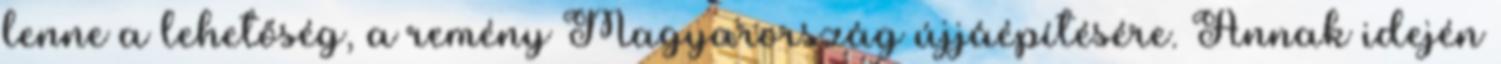
lenne a lehetőség, a remény Magyarország újjáépítésére. Annak i­de­jén